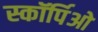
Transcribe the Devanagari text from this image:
स्कॉर्पिओ